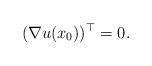
LaTeX: \begin{align*} (\nabla u(x_{0}))^{\top} = 0. \end{align*}